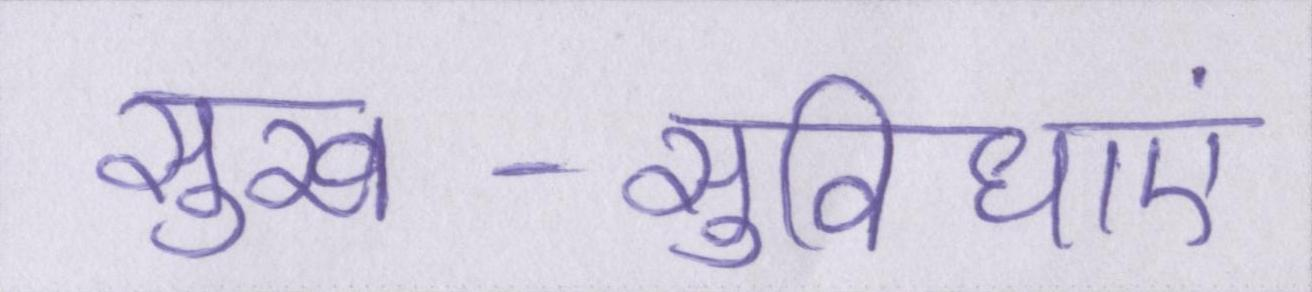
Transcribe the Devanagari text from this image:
सुख-सुविधाएं